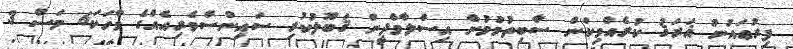
ފިރުޢައުނު ޣަރަޤު ކުރެއްވިކަން ސާބިތުވުމުން އިސްލާމްދީން ޤަބޫލުކުރި ސައިންސްވެރިއެއްގެ ވާހަކަ6 މަސް 3